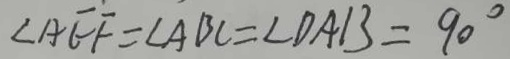
\angle A E F = \angle A B C = \angle D A B = 9 0 ^ { \circ }